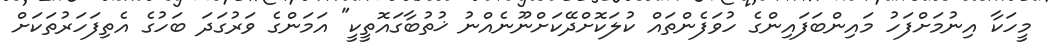
މީހަކާ އިނުމަށްފަހު މައިންބަފައިންގެ ހުވަފެންތައް ކުލަކޮށްދޭކަށްނޫނެއްނު ޚުތުބާގައޮތީކީ" އަމަންގެ ވަރުގަދަ ބަހުގެ އެތިފަހަރުތަކަށް